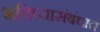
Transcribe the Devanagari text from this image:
भविष्यासंबंधात